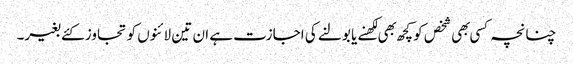
چنانچہ کسی بهی شخص کو کچھ بهی لکهنے یا بولنے کی اجازت ہے ان تین لائنوں کو تجاوز کئے بغیر۔